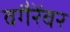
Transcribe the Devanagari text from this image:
वगैरेंवर